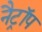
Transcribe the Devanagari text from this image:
नैट्रॉप